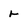
Character: r